system: You are a helpful assistant.
user:
Analyze the provided spectrum to determine if it is a **S-type Star**.

- **Key Indicators for S-type Star:**

    - **(Overall Spectrum Shape):** The first and most obvious characteristic is the overall continuum (the "baseline" shape). It is **extremely "red-sloping,"** meaning the flux (light intensity) is very low on the left side (blue, ~4000-4500 Å) and rises steeply and continuously toward the right side (red, ~7000 Å+).

    - **(Primary):** The spectrum is defined by the presence of strong, broad molecular absorption "valleys" (bands) from **Zirconium Oxide (ZrO)**. The identification of these bands is the **primary requirement** for classifying a star as S-type.
        - **(Key Bandheads):** You must find distinct, deep "dips" where the light has been absorbed. The most critical band systems to locate are:
            - **~6474 Å** ($\gamma$-system): This is often the strongest and clearest ZrO feature, found in the red part of the spectrum.
            - **~5718 Å** & **~5551 Å** ($\beta$-system): A pair of prominent absorption features in the yellow-orange part of the spectrum.
            - **~4640 Å** ($\alpha$-system): A key absorption band system in the blue-green region of the spectrum.

    - **(Secondary Confirmation):** The classification is strengthened by finding additional absorption bands from other related heavy element oxides, which are expected to be present alongside ZrO.
        - **(Key Bandheads):**
            - **Yttrium Oxide (YO):** Look for absorption dips near **~4800 Å** and **~6100 Å**.
            - **Lanthanum Oxide (LaO):** Additional absorption features, particularly in the red-orange part of the spectrum, are also characteristic.

    - **(Line Profile):** The combination of the steep red continuum and these numerous, deep molecular bands (ZrO, YO, etc.) gives the entire spectrum a very **"chopped-up"** or **"bumpy"** appearance. Instead of a smooth curve, the spectrum looks as though large, wide chunks of light have been "carved out" of it at the specific wavelengths listed above.

Think first, call **spectral_visualization_tool** if needed to examine features in detail, then provide your final answer. Your response must adhere to the following strict rules:
1.  **Overall Structure:** Your response must follow the format `<think>...</think> <tool_call>...</tool_call> (if a tool is used) <answer>...</answer>`.
2.  **Tool Usage Constraint:** You may only make **one** tool call per turn.
3.  **Final Answer Format:** In the `<answer>` tag, your conclusion must be inside a `\boxed{}` command (e.g., `\boxed{YES}` or `\boxed{NO}`), followed by your justification.

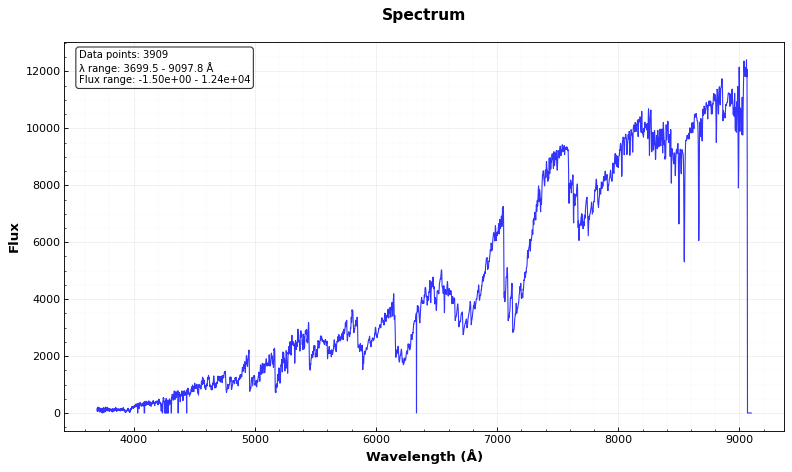
Answer: YES